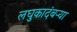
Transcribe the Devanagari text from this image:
लघुकादंबर्‍या